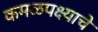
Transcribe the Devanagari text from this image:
कमळपक्ष्याचे